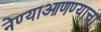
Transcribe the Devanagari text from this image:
नेण्याआणण्याचा